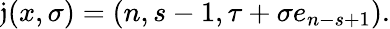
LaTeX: \mathfrak{j}(x,\sigma)=\left(n,s-1,\tau+\sigma e_{n-s+1}\right).